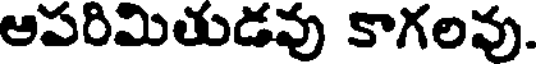
ఆపరిమితుడవు కాగలవు.